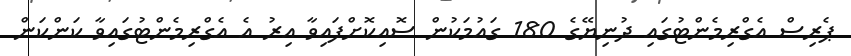
ޕެރިސް އެގްރިމެންޓުގައި ދުނިޔޭގެ 180 ގައުމަކުން ސޮއިކޮށްފައިވާ އިރު އެ އެގްރިމެންޓުގައިވާ ކަންކަން